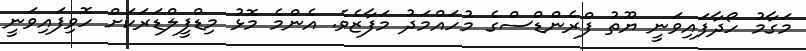
މަގާމު ހޯދާފައިވަނީ ޔޫތު ފްރެންޑްސްގެ މުހައްމަދު މަފާޒެވެ. އެންމެ މޮޅު މިޑްފީލްޑަރަކަށް ހޮވިފައިވަނީ